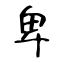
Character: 卑